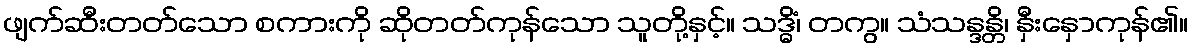
ဖျက်ဆီးတတ်သော စကားကို ဆိုတတ်ကုန်သော သူတို့နှင့်။ သဒ္ဓိံ၊ တကွ။ သံသန္ဒန္တိ၊ နှီးနှောကုန်၏။